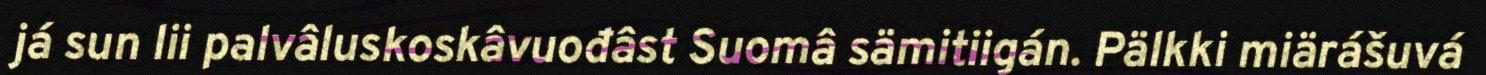
já sun lii palvâluskoskâvuođâst Suomâ sämitiigán. Pälkki miärášuvá